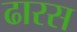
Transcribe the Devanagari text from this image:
ढारस